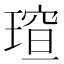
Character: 𪼍